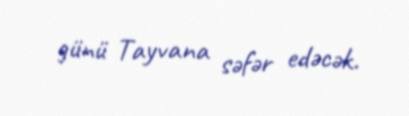
günü Tayvana səfər edəcək.